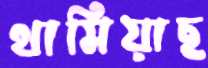
থামিয়াছ